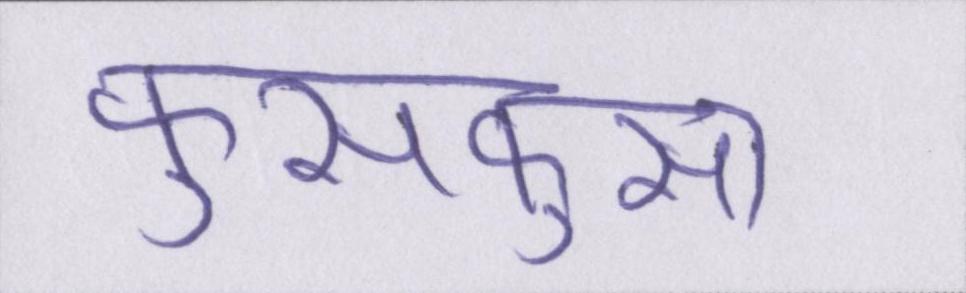
फुसफुसा